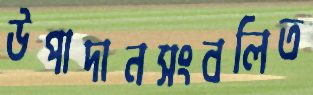
উপাদানসংবলিত